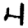
Digit: 4